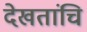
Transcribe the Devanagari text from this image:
देखतांचि